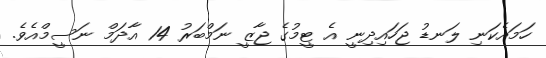
ހަމައެކަނި ލަނޑު ޖަހައިދިނީ އެ ޓީމުގެ ޖާޒީ ނަމްބަރު 14 އާދަމް ނަސީމްއެވެ.